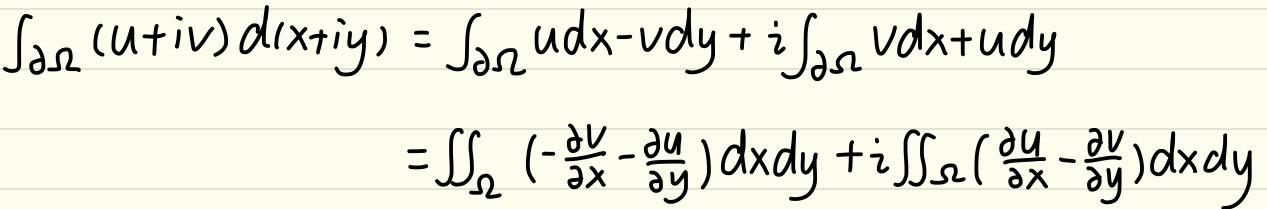
\[
\begin{align*}
\int_{\partial\Omega}(u + iv)d(x+iy)&=\int_{\partial\Omega}udx - vdy + i\int_{\partial\Omega}vdx + udy\\
&=\iint_{\Omega}\left(-\frac{\partial v}{\partial x}-\frac{\partial u}{\partial y}\right)dxdy + i\iint_{\Omega}\left(\frac{\partial u}{\partial x}-\frac{\partial v}{\partial y}\right)dxdy
\end{align*}
\]